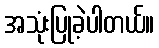
အသုံးပြုခဲ့ပါတယ်။